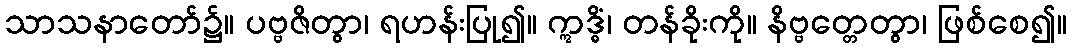
သာသနာတော်၌။ ပဗ္ဗဇိတွာ၊ ရဟန်းပြု၍။ ဣဒ္ဓိံ၊ တန်ခိုးကို။ နိဗ္ဗတ္တေတွာ၊ ဖြစ်စေ၍။